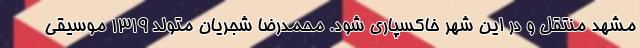
مشهد منتقل و در این شهر خاکسپاری شود. محمدرضا شجریان متولد 1319 موسیقی